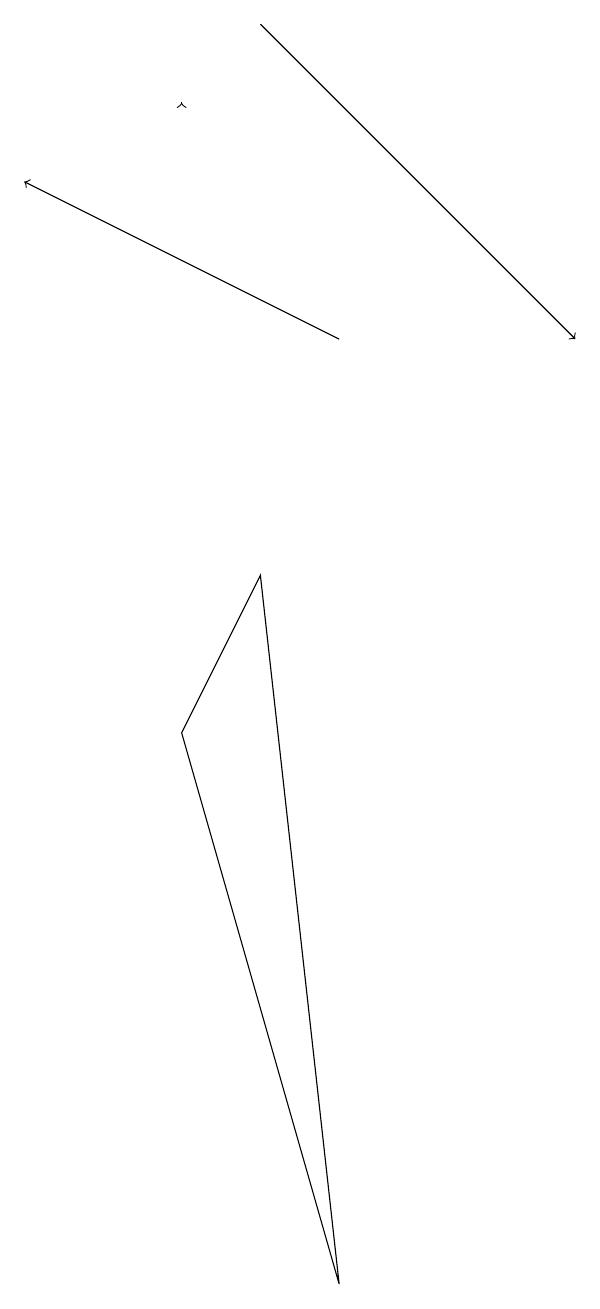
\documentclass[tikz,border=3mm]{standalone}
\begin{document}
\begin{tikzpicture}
\draw[->] (4,15) -- (4,15);
\draw[->] (5,16) -- (9,12);
\draw[->] (6,12) -- (2,14);
\draw (4,7) -- (5,9) -- (6,0) -- cycle;
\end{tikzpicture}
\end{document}